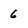
Character: 6